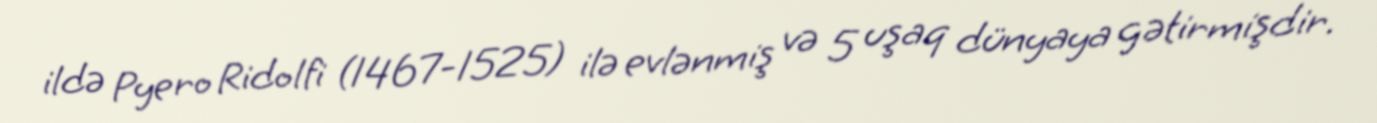
ildə Pyero Ridolfi (1467-1525) ilə evlənmiş və 5 uşaq dünyaya gətirmişdir.